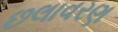
છલાવરણ